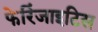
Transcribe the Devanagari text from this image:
फेरिंजाइटिस